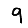
Digit: 9